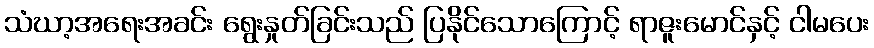
သံဃာ့အရေးအခင်း ရွေးနှုတ်ခြင်းသည် ပြနိုင်သောကြောင့် ရာဇူးမောင်နှင့် ငါမပေး